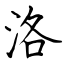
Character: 洛